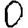
Digit: 0